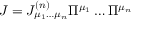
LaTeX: { \cal J } = { \cal J } _ { \mu _ { 1 } \dots \mu _ { n } } ^ { ( n ) } \Pi ^ { \mu _ { 1 } } \dots \Pi ^ { \mu _ { n } }